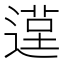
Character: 𨕸